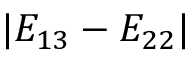
| E _ { 1 3 } - E _ { 2 2 } |